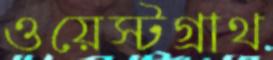
ওয়েস্টগ্রাথ